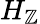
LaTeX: H_{\mathbb{Z}}